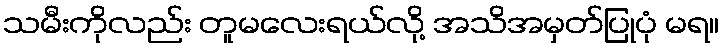
သမီးကိုလည်း တူမလေးရယ်လို့ အသိအမှတ်ပြုပုံ မရ။